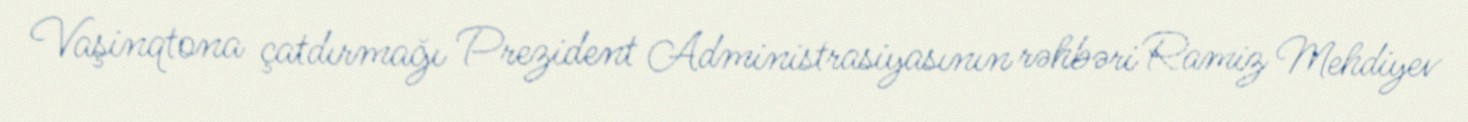
Vaşinqtona çatdırmağı Prezident Administrasiyasının rəhbəri Ramiz Mehdiyev